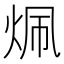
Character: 𬊄